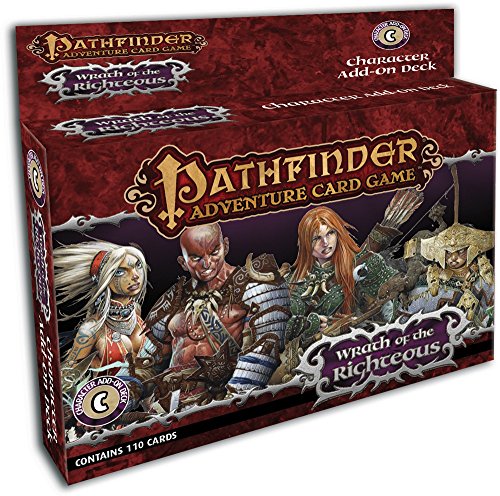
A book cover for Pathfinder Adventure Card Game: Wrath of the Righteous Character Add-On Deck; Mike Selinker; Science Fiction & Fantasy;